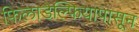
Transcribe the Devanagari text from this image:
फिलाडेल्फियापासून